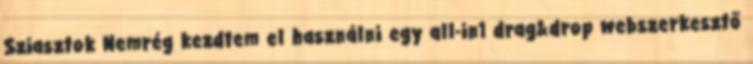
Sziasztok Nemrég kezdtem el használni egy all-in1 drag&drop webszerkesztő